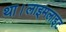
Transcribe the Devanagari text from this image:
था।लाइमलाइट